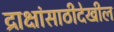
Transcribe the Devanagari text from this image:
द्राक्षांसाठीदेखील